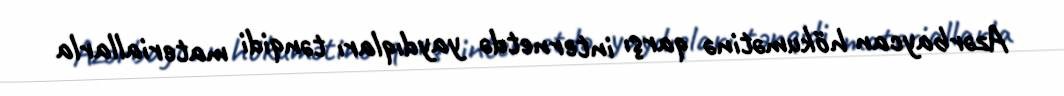
Azərbaycan hökumətinə qarşı internetdə yaydıqları tənqidi materiallarla